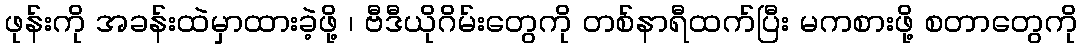
ဖုန်းကို အခန်းထဲမှာထားခဲ့ဖို့ ၊ ဗီဒီယိုဂိမ်းတွေကို တစ်နာရီထက်ပြီး မကစားဖို့ စတာတွေကို